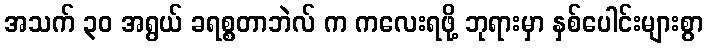
အသက် ၃၀ အရွယ် ခရစ္စတာဘဲလ် က ကလေးရဖို့ ဘုရားမှာ နှစ်ပေါင်းများစွာ